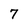
Character: 7